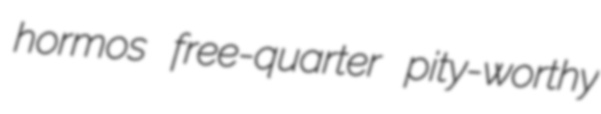
hormos free-quarter pity-worthy